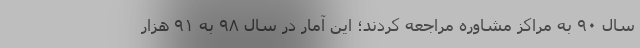
سال ۹۰ به مراکز مشاوره مراجعه کردند؛ این آمار در سال ۹۸ به ۹۱ هزار